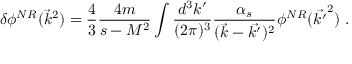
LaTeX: \delta \phi ^ { N R } ( \vec { k } ^ { 2 } ) = \frac { 4 } { 3 } \frac { 4 m } { s - M ^ { 2 } } \int \frac { d ^ { 3 } k ^ { \prime } } { ( 2 \pi ) ^ { 3 } } \frac { \alpha _ { s } } { ( \vec { k } - \vec { k ^ { \prime } } ) ^ { 2 } } \phi ^ { N R } ( \vec { k ^ { \prime } } ^ { 2 } ) \mathrm { ~ . }